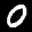
Label: 0